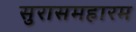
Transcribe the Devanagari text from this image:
सुरासमहारम